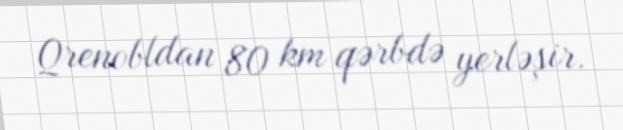
Qrenobldan 80 km qərbdə yerləşir.